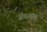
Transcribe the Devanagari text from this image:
जगरांव